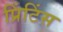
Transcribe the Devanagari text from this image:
प्रिंटिंस